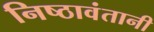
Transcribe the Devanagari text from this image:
निष्ठावंतानी